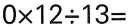
$$0\times1 2\div1 3$$=